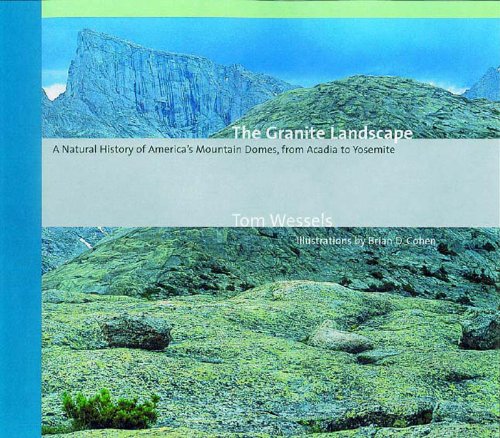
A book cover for The Granite Landscape: A Natural History of America's Mountain Domes, from Acadia to Yosemite; Tom Wessels; Science & Math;